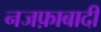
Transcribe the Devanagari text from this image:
नजफ़ाबादी